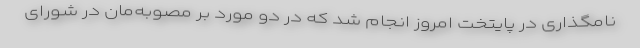
نامگذاری در پایتخت امروز انجام شد که در دو مورد بر مصوبه‌مان در شورای